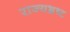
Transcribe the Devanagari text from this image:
राज्यभ्रष्ट